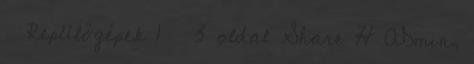
Repülőgépek 1 3 oldal Share H ADmin,